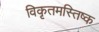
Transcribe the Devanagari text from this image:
विकृतमस्तिष्क